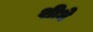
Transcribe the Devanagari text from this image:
शीधे